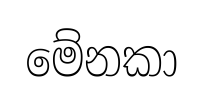
මේනකා